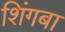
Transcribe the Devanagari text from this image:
शिंगबा